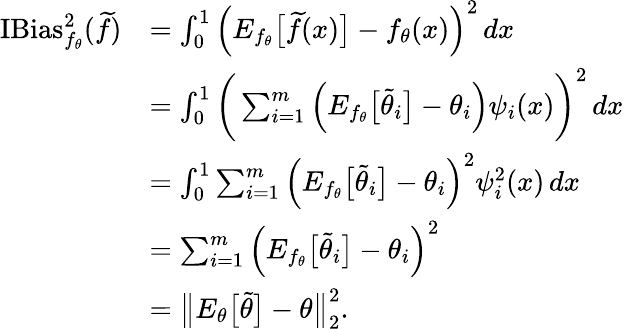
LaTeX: \begin{array}{rl}{\operatorname{IBias}_{f_{\theta}}^{2}(\widetilde f)}&{=\int_{0}^{1}\Big(E_{f_{\theta}}\big[\widetilde f(x)\big]-f_{\theta}(x)\Big)^{2}\, dx}\\ &{=\int_{0}^{1}\bigg(\sum_{i=1}^{m}\Big(E_{f_{\theta}}\big[\widetilde\theta_{i}\big]-\theta_{i}\Big)\psi_{i}(x)\bigg)^{2}\, dx}\\ &{=\int_{0}^{1}\sum_{i=1}^{m}\Big(E_{f_{\theta}}\big[\widetilde\theta_{i}\big]-\theta_{i}\Big)^{2}\psi_{i}^{2}(x)\, dx}\\ &{=\sum_{i=1}^{m}\Big(E_{f_{\theta}}\big[\widetilde\theta_{i}\big]-\theta_{i}\Big)^{2}}\\ &{=\big\| E_{\theta}\big[\widetilde\theta\big]-\theta\big\| _{2}^{2}.}\end{array}